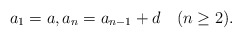
\begin{align*}a_1=a, a_n=a_{n-1}+d \quad(n\geq2).\end{align*}